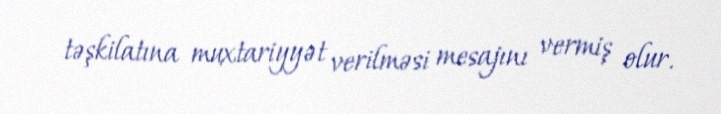
təşkilatına muxtariyyət verilməsi mesajını vermiş olur.